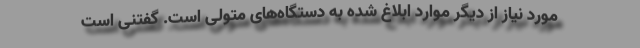
مورد نیاز از دیگر موارد ابلاغ شده به دستگاه‌های متولی است. گفتنی است